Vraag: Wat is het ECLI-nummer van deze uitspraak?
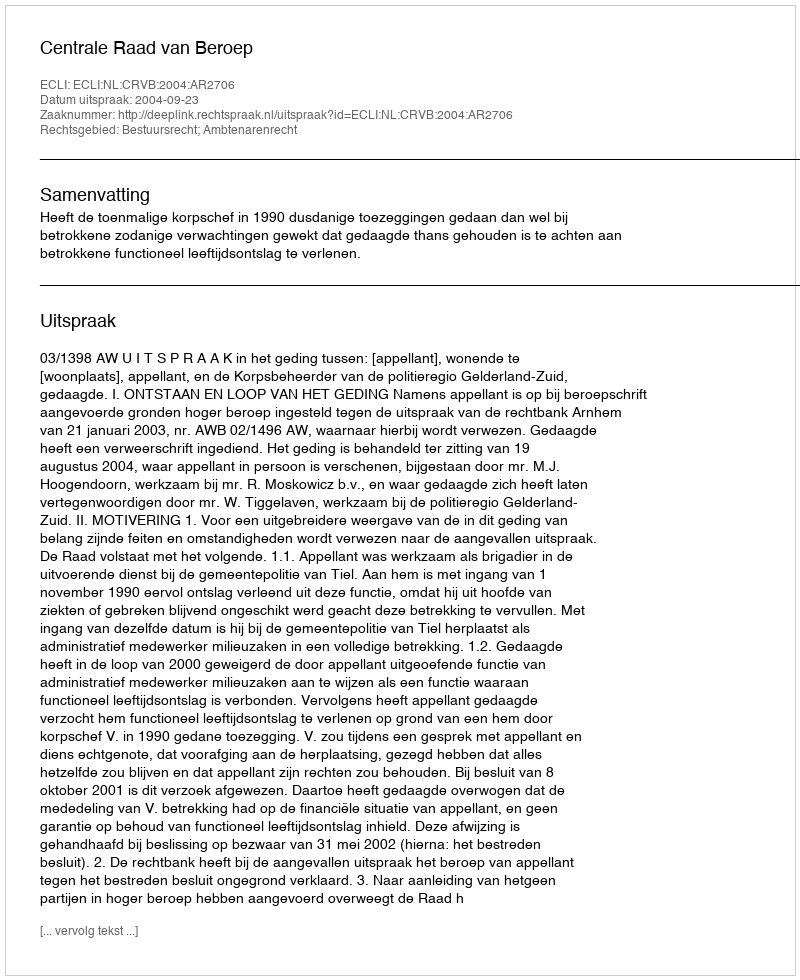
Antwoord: ECLI:NL:CRVB:2004:AR2706